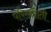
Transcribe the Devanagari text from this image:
परिस्थीाती